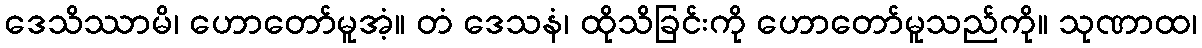
ဒေသိဿာမိ၊ ဟောတော်မူအံ့။ တံ ဒေသနံ၊ ထိုသိခြင်းကို ဟောတော်မူသည်ကို။ သုဏာထ၊